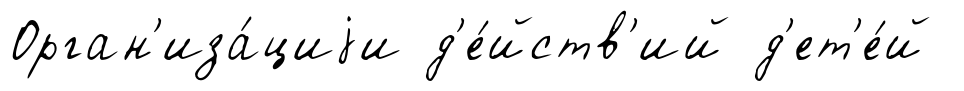
Орган'иза́циjи д'е́йств'ий д'ет'е́й